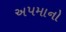
અપમાનો